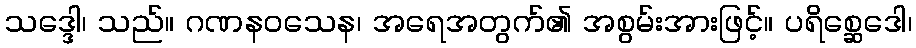
သဒ္ဒေါ၊ သည်။ ဂဏနဝသေန၊ အရေအတွက်၏ အစွမ်းအားဖြင့်။ ပရိစ္ဆေဒေါ၊